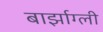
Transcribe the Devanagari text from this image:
बार्झाग्ली